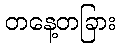
တနေ့တခြား